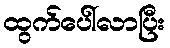
ထွက်ပေါ်လာပြီး